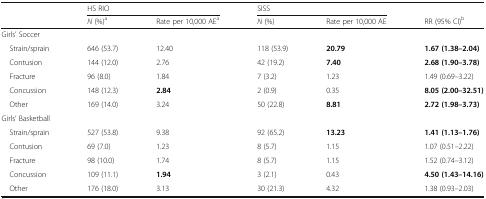
| <ROWSPAN=2>  | <COLSPAN=2> HS RIO | <COLSPAN=2> SISS |  |
 | N (%)a | Rate per 10,000 AEa | N (%) | Rate per 10,000 AE | RR (95% CI)b |
 | --- | --- | --- | --- | --- | --- |
 | <COLSPAN=6> Girls’ Soccer |
 | Strain/sprain | 646 (53.7) | 12.40 | 118 (53.9) | 20.79 | 1.67 (1.38–2.04) |
 | Contusion | 144 (12.0) | 2.76 | 42 (19.2) | 7.40 | 2.68 (1.90–3.78) |
 | Fracture | 96 (8.0) | 1.84 | 7 (3.2) | 1.23 | 1.49 (0.69–3.22) |
 | Concussion | 148 (12.3) | 2.84 | 2 (0.9) | 0.35 | 8.05 (2.00–32.51) |
 | Other | 169 (14.0) | 3.24 | 50 (22.8) | 8.81 | 2.72 (1.98–3.73) |
 | <COLSPAN=6> Girls’ Basketball |
 | Strain/sprain | 527 (53.8) | 9.38 | 92 (65.2) | 13.23 | 1.41 (1.13–1.76) |
 | Contusion | 69 (7.0) | 1.23 | 8 (5.7) | 1.15 | 1.07 (0.51–2.22) |
 | Fracture | 98 (10.0) | 1.74 | 8 (5.7) | 1.15 | 1.52 (0.74–3.12) |
 | Concussion | 109 (11.1) | 1.94 | 3 (2.1) | 0.43 | 4.50 (1.43–14.16) |
 | Other | 176 (18.0) | 3.13 | 30 (21.3) | 4.32 | 1.38 (0.93–2.03) |